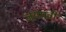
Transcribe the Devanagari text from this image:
जयपत्री